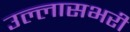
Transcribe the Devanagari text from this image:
उल्लासभरी